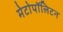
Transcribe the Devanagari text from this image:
मेटोपॉलिटन